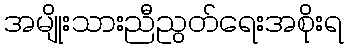
အမျိုးသားညီညွတ်ရေးအစိုးရ